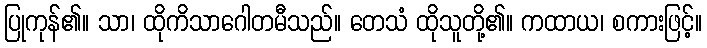
ပြုကုန်၏။ သာ၊ ထိုကိသာဂေါတမီသည်။ တေသံ ထိုသူတို့၏။ ကထာယ၊ စကားဖြင့်။